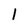
Character: I